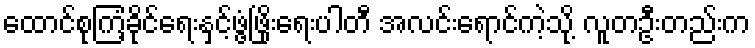
ထောင်စုကြံ့ခိုင်ရေးနှင့်ဖွံ့ဖြိုးရေးပါတီ အလင်းရောင်ကဲ့သို့ လူတဦးတည်းက